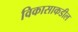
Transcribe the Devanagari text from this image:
विकासाकडील